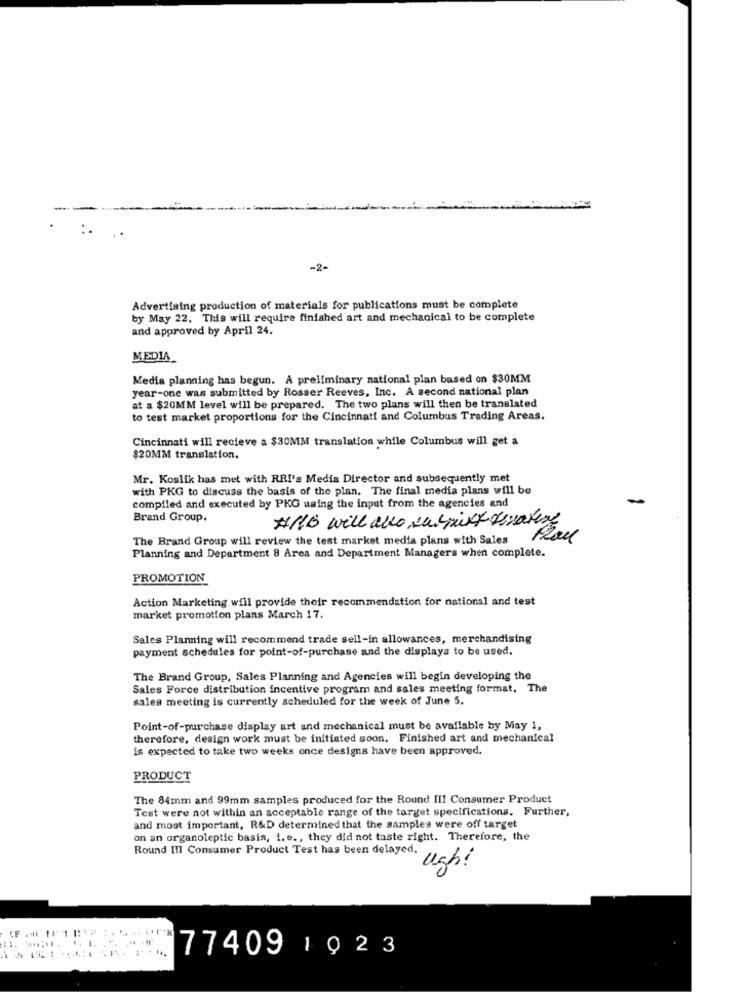
-2-
Advertising production of materials for publications must be complete
by May 22. This will require finished art and mechanical to be complete
and approved by April 24.
MEDIA
Media planning has begun. A preliminary national plan based on $30MM
year-one was submitted by Rosser Reeves, Inc. A second national plan
at a $20MM level will be prepared. The two plans will then be translated
to test market proportions for the Cincinnati and Columbus Trading Areas.
Cincinnati will recieve a $30MM translation while Columbus will get a
$20MM translation.
Mr. Koslik has met with RRI's Media Director and subsequently met
with PKG to discuss the basis of the plan. The final media plans will be
compiled and executed by PKG using the input from the agencies and
Brand Group.
The Brand Group will review the test market media plans with Sales
Planning and Department 8 Area and Department Managers when complete.
PROMOTION
Action Marketing will provide their recommendation for national and test
market promotion plans March 17.
Sales Planning will recommend trade sell-in allowances, merchandising
payment schedules for point-of-purchase and the displays to be used.
The Brand Group, Sales Planning and Agencies will begin developing the
Sales Force distribution incentive program and sales meeting format, The
sales meeting is currently scheduled for the week of June 5.
Point-of-purchase display art and mechanical must be available by May 1,
therefore, design work must be initiated soon. Finished art and mechanical
is expected to take two weeks once designs have been approved.
PRODUCT
The 84mm and 99mm samples produced for the Round III Consumer Product
Test were not within an acceptable range of the target specifications. Further,
and most important, R&D determined that the samples were off target
on an organoleptic basis, i. e ., they did not taste right. Therefore, the
Round III Consumer Product Test has been delayed,
ugh!
77409 1923